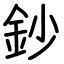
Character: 鈔